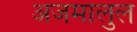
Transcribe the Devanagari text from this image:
अजमालुल